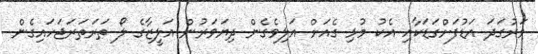
ވަރުގަދަ އަޑުފަށްގަޑަކާއި އެކު މުޅި ގެއަށް އަލިވެގެން ދިޔަވަރުން އަލީޒާގެ ލޯ ތަރަތަރަޖަހައިގެން